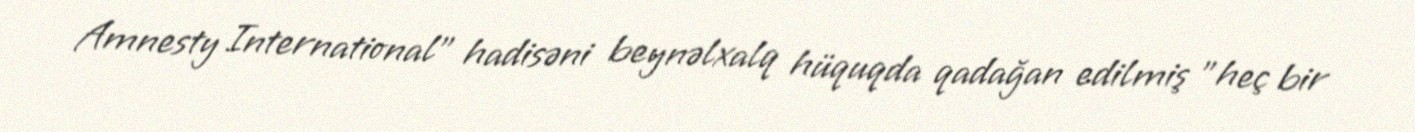
Amnesty International" hadisəni beynəlxalq hüquqda qadağan edilmiş "heç bir